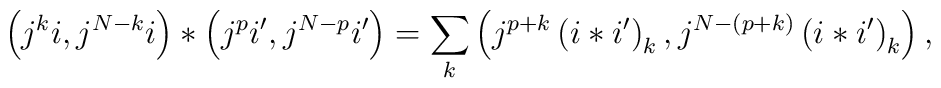
\left( j^{k}i,j^{N-k}i\right) \ast \left( j^{p}i^{\prime },j^{N-p}i^{\prime}\right) =\sum_{k}\left( j^{p+k}\left( i\ast i^{\prime }\right)_{k},j^{N-\left( p+k\right) }\left( i\ast i^{\prime }\right) _{k}\right) ,